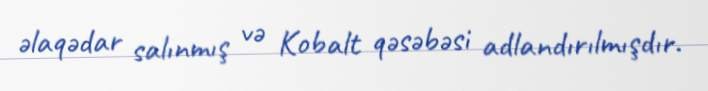
əlaqədar salınmış və Kobalt qəsəbəsi adlandırılmışdır.